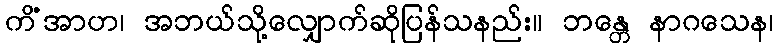
ကိံအာဟ၊ အဘယ်သို့လျှောက်ဆိုပြန်သနည်း။ ဘန္တေ နာဂသေန၊